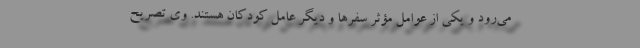
می‌رود و یکی از عوامل مؤثر سفرها و دیگر عامل کودکان هستند. وی تصریح